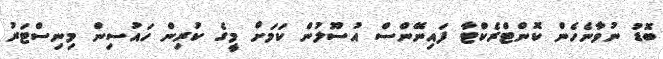
ބޮޑު ނުވާނެހެން ކޮންޓްރެކްޓާ ފައިނޭންސް އުސޫލުން ކަމަށް މީގެ ކުރިން ހައުސިން މިނިސްޓަރު